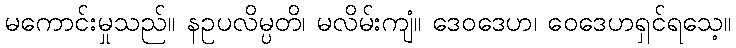
မကောင်းမှုသည်။ နဥပလိမ္ပတိ၊ မလိမ်းကျံ။ ဒေဝဒေဟ၊ ဝေဒေဟရှင်ရသေ့။